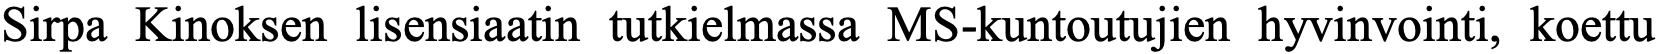
Sirpa Kinoksen lisensiaatin tutkielmassa MS-kuntoutujien hyvinvointi, koettu